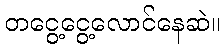
တငွေ့ငွေ့လောင်နေဆဲ။